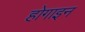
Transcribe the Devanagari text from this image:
होगाइन